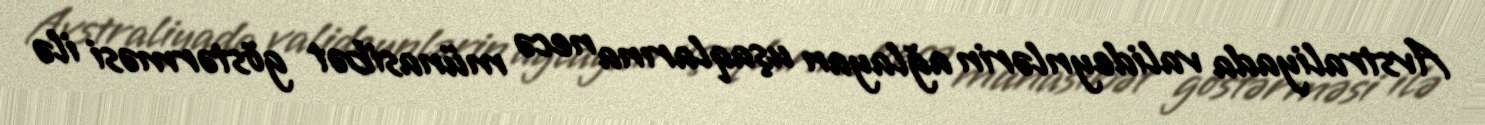
Avstraliyada valideynlərin ağlayan uşaqlarına necə münasibət göstərməsi ilə